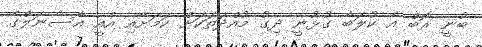
ބުނީ ރޮބް އެ ކުލަބާ ގުޅުނީ ދިގު މުއްދަތަކަށް ކަމަށާއި އެއީ އާސެނަލްގެ